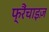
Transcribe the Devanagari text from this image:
फ्रैंचाइज़